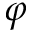
\varphi